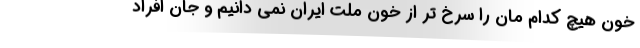
خون هیچ کدام مان را سرخ تر از خون ملت ایران نمی دانیم و جان افراد